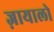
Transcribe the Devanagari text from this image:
ज़ायालो